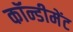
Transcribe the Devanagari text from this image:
कॉन्डीमेंट